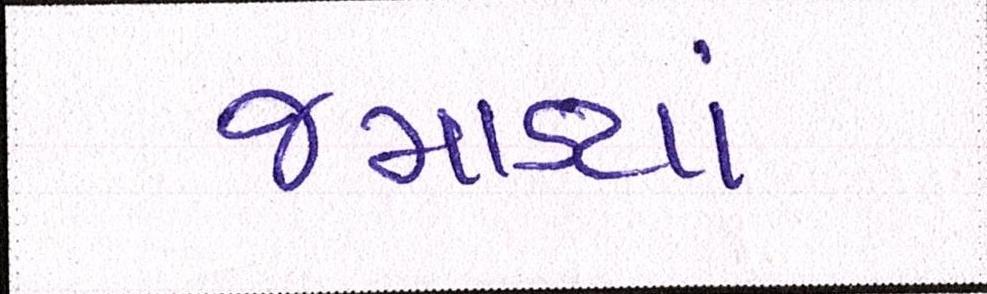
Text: જમાડ્યાં